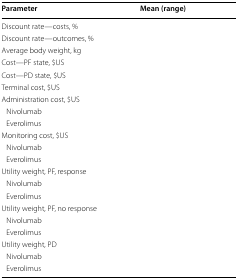
<table><thead><tr><td><b>Parameter</b></td><td><b>Mean (range)</b></td></tr></thead><tbody><tr><td>Discount rate—costs, %</td><td>[EMPTY_CELL]</td></tr><tr><td>Discount rate—outcomes, %</td><td>[EMPTY_CELL]</td></tr><tr><td>Average body weight, kg</td><td>[EMPTY_CELL]</td></tr><tr><td>Cost—PF state, $US</td><td>[EMPTY_CELL]</td></tr><tr><td>Cost—PD state, $US</td><td>[EMPTY_CELL]</td></tr><tr><td>Terminal cost, $US</td><td>[EMPTY_CELL]</td></tr><tr><td colspan="2">Administration cost, $US</td></tr><tr><td> Nivolumab</td><td>[EMPTY_CELL]</td></tr><tr><td> Everolimus</td><td>[EMPTY_CELL]</td></tr><tr><td colspan="2">Monitoring cost, $US</td></tr><tr><td> Nivolumab</td><td>[EMPTY_CELL]</td></tr><tr><td> Everolimus</td><td>[EMPTY_CELL]</td></tr><tr><td colspan="2">Utility weight, PF, response</td></tr><tr><td> Nivolumab</td><td>[EMPTY_CELL]</td></tr><tr><td> Everolimus</td><td>[EMPTY_CELL]</td></tr><tr><td colspan="2">Utility weight, PF, no response</td></tr><tr><td> Nivolumab</td><td>[EMPTY_CELL]</td></tr><tr><td> Everolimus</td><td>[EMPTY_CELL]</td></tr><tr><td colspan="2">Utility weight, PD</td></tr><tr><td> Nivolumab</td><td>[EMPTY_CELL]</td></tr><tr><td> Everolimus</td><td>[EMPTY_CELL]</td></tr></tbody></table>